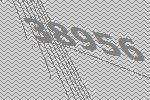
38956